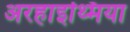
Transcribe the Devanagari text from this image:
अरहाइथ्मिया